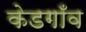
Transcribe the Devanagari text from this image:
केडगाँव